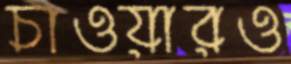
চাওয়ারও